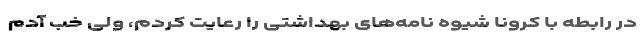
در رابطه با کرونا شیوه نامه‌های بهداشتی را رعایت کردم، ولی خب آدم